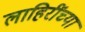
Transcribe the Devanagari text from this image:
लाहिरींच्या